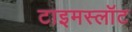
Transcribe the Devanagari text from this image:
टाइमस्लॉट